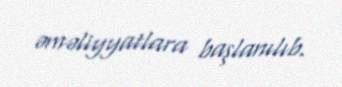
əməliyyatlara başlanılıb.